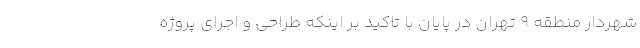
شهردار منطقه ۹ تهران در پایان با تاکید بر اینکه طراحی و اجرای پروژه